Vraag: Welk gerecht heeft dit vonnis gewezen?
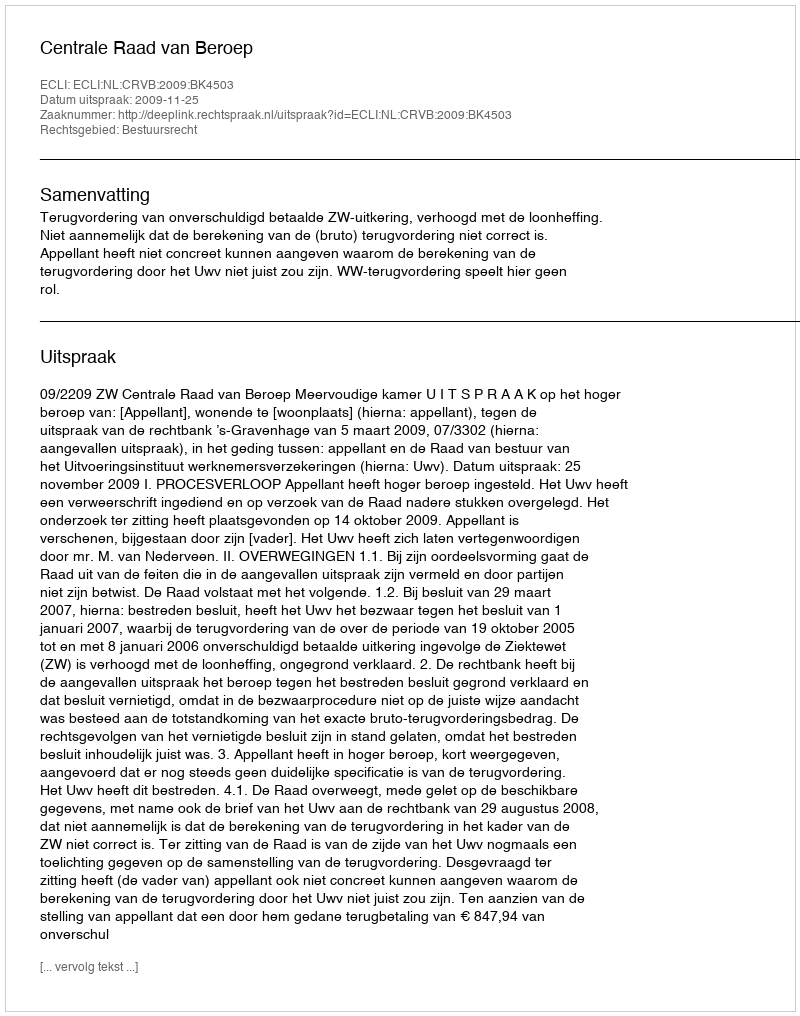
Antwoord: Centrale Raad van Beroep